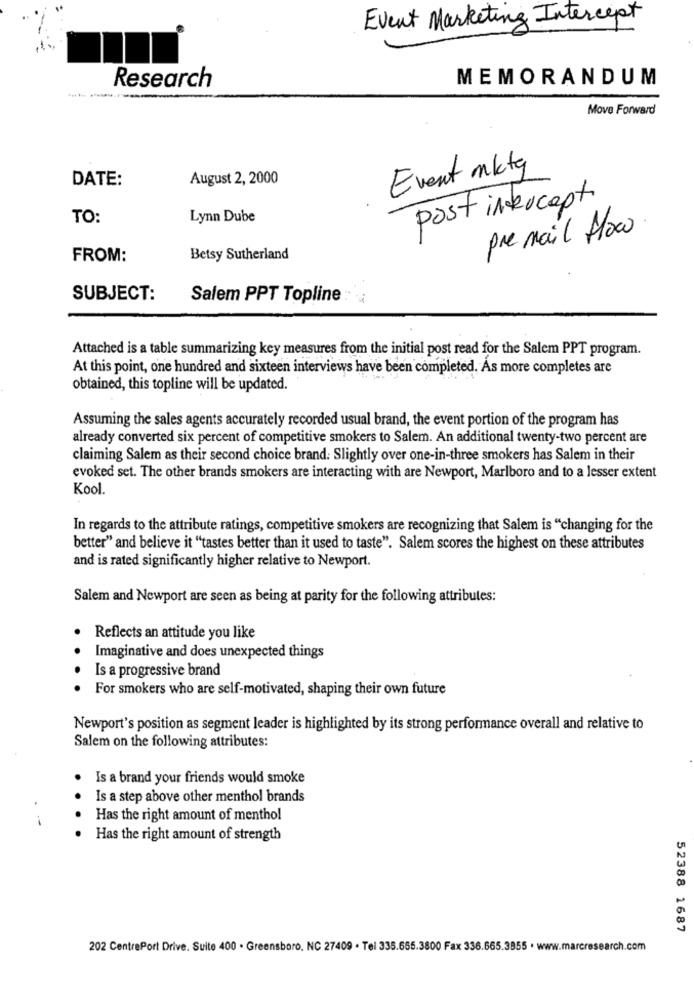
Event Marketing Intercept
MEMORANDUM
Research
Move Forward
Event mktg
DATE:
August 2, 2000
post intercept
TO:
Lynn Dube
pre mail flow
FROM:
Betsy Sutherland
SUBJECT:
Salem PPT Topline
Attached is a table summarizing key measures from the initial post read for the Salem PPT program.
At this point, one hundred and sixteen interviews have been completed. As more completes are
obtained, this topline will be updated.
Assuming the sales agents accurately recorded usual brand, the event portion of the program has
already converted six percent of competitive smokers to Salem. An additional twenty-two percent are
claiming Salem as their second choice brand: Slightly over one-in-three smokers has Salem in their
evoked set. The other brands smokers are interacting with are Newport, Marlboro and to a lesser extent
Kool.
In regards to the attribute ratings, competitive smokers are recognizing that Salem is "changing for the
better" and believe it "tastes better than it used to taste". Salem scores the highest on these attributes
and is rated significantly higher relative to Newport.
Salem and Newport are seen as being at parity for the following attributes:
Reflects an attitude you like
Imaginative and does unexpected things
Is a progressive brand
For smokers who are self-motivated, shaping their own future
Newport's position as segment leader is highlighted by its strong performance overall and relative to
Salem on the following attributes:
Is a brand your friends would smoke
Is a step above other menthol brands
Has the right amount of menthol
Has the right amount of strength
52388 1687
202 CentrePort Drive, Suite 400 . Greensboro, NC 27409 · Tel 335.655.3800 Fax 336.665.3855 · www.marcresearch.com